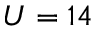
U = 1 4